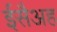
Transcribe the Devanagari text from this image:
ईसैअह